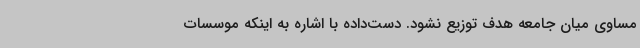
مساوی میان جامعه هدف توزیع نشود. دست‌داده با اشاره به اینکه موسسات